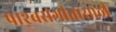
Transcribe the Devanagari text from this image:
पाश्र्वसंगीतासाठी